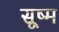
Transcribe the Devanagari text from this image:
सूष्म